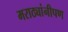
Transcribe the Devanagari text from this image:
मराठ्यांनीपण